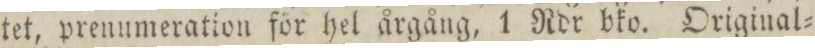
tet, prenumeration för hel årgång, 1 Rdr bko. Original=